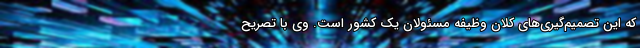
که این تصمیم‌گیری‌های کلان وظیفه مسئولان یک کشور است. وی با تصریح